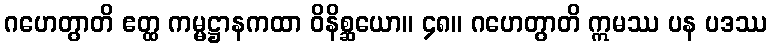
ဂဟေတွာတိ ဧတ္ထ ကမ္မဋ္ဌာနကထာ ဝိနိစ္ဆယော။ ၄၈။ ဂဟေတွာတိ ဣမဿ ပန ပဒဿ